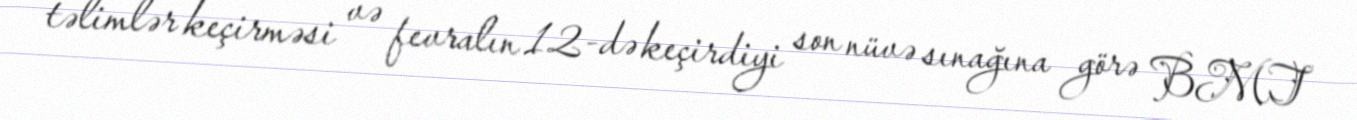
təlimlər keçirməsi və fevralın 12-də keçirdiyi son nüvə sınağına görə BMT